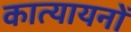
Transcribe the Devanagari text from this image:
कात्यायनों